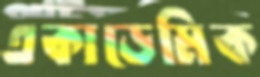
একাডেমিক